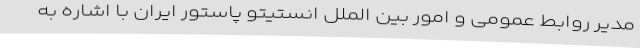
مدیر روابط عمومی و امور بین الملل انستیتو پاستور ایران با اشاره به